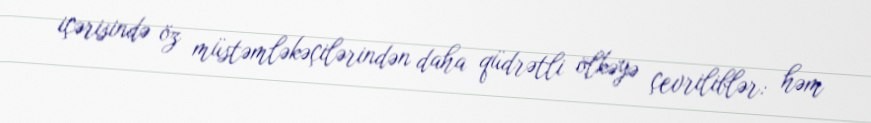
içərisində öz müstəmləkəçilərindən daha qüdrətli ölkəyə çevriliblər: həm